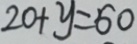
2 0 + y = 6 0